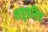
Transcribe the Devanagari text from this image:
शत्रुचरित्र